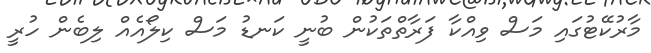
މާރުކޭޓުގައި މަސް ވިއްކާ ފަރާތްތަކުން ބުނީ ކަނޑު މަސް ކިލޯއެއް ލިބެން ހުރީ